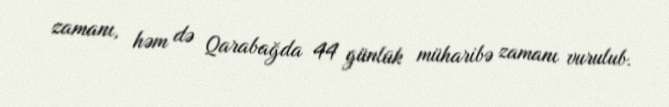
zamanı, həm də Qarabağda 44 günlük müharibə zamanı vurulub.